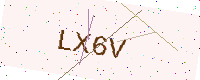
Text: LX6V